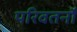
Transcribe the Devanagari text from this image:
परिवतर्नों